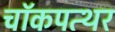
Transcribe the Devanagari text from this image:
चॉकपत्थर